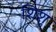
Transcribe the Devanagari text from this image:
शिशु